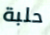
حلبة